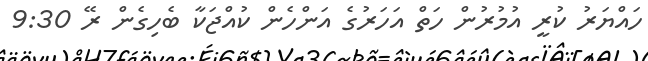
ހައްޔަރު ކުރީ އުމުރުން ހަތް އަހަރުގެ އަންހެން ކުއްޖަކާ ބެހިގެން ރޭ 9:30